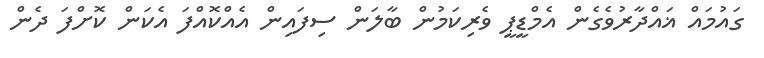
ގައުމައް ޣައްދާރުވެގެން އެމްޑީޕީ ވެރިކަމުން ބާލަން ސިފައިން އެއްކޮއްފަ އެކަން ކޮށްފަ ދެން